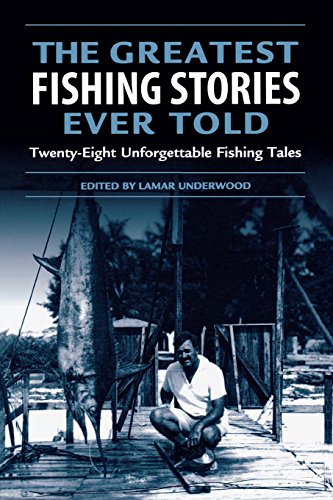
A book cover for Greatest Fishing Stories Ever Told: Twenty-Eight Unforgettable Fishing Tales; Sports & Outdoors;